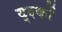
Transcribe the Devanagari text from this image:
द्श्कों